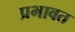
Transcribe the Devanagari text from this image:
प्रभावत